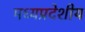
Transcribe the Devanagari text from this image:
मध्यप्रदेशीय